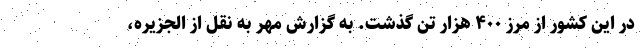
در این کشور از مرز ۴۰۰ هزار تن گذشت. به گزارش مهر به نقل از الجزیره،